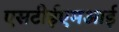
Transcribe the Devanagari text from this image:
एसटीईएमआई